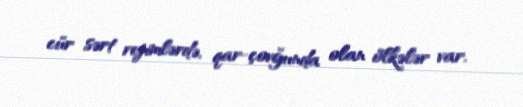
cür sərt rejimlərdə, qar-çovğunda olan ölkələr var.